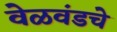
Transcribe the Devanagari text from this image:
वेळवंडचे